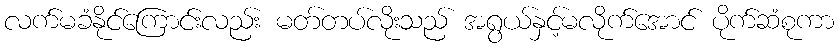
လက်မခံနိုင်ကြောင်းလည်း မတ်တပ်လိုးသည် အရွယ်နှင့်မလိုက်အောင် ပိုက်ဆံစုကာ